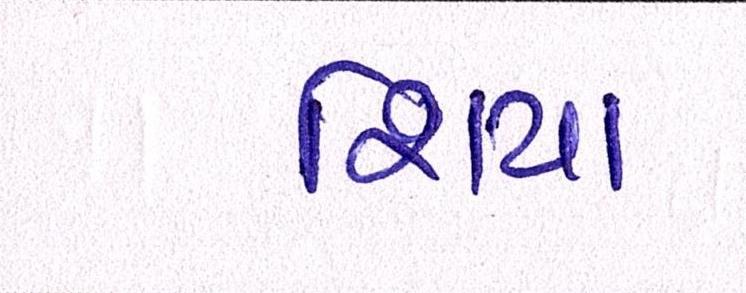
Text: શિયા